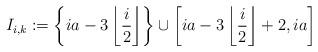
LaTeX: \begin{align*}I_{i,k} & := \left\{ia - 3 \left\lfloor \frac{i}{2} \right\rfloor \right\} \cup \left[ i a - 3 \left\lfloor \frac{i}{2} \right\rfloor +2, i a \right]\end{align*}